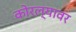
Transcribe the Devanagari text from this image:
कोरल्यावर